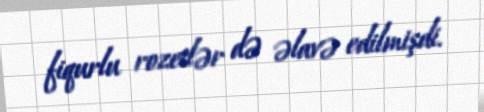
fiqurlu rozetlər də əlavə edilmişdi.